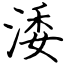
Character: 涹